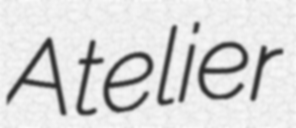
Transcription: Atelier